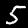
Label: 5